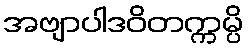
အဗျာပါဒဝိတက္ကမ္ပိ